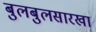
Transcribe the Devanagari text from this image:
बुलबुलसारखा